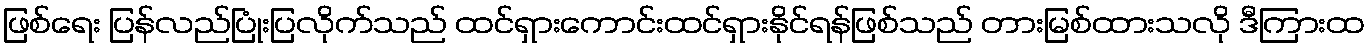
ဖြစ်ရေး ပြန်လည်ပြုံးပြလိုက်သည် ထင်ရှားကောင်းထင်ရှားနိုင်ရန်ဖြစ်သည် တားမြစ်ထားသလို ဒီကြားထ